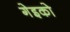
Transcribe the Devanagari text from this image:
गेइको